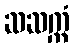
ဆဆက္ကံ